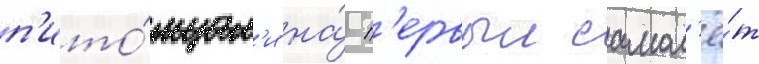
п'ито́мцам'и на́ п'ервыи самол'ё́т